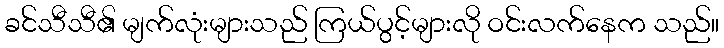
ခင်သီသီ၏ မျက်လုံးများသည် ကြယ်ပွင့်များလို ဝင်းလက်နေက သည်။